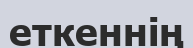
еткеннің